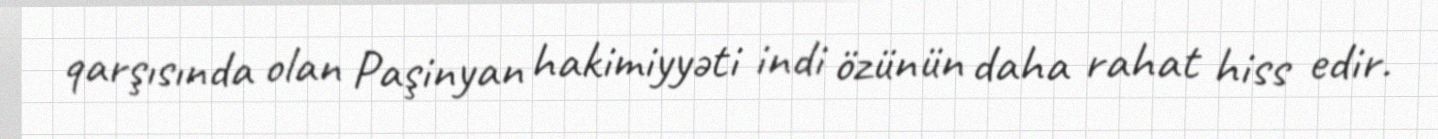
qarşısında olan Paşinyan hakimiyyəti indi özünün daha rahat hiss edir.